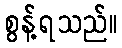
စွန့်ရသည်။